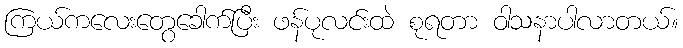
ကြယ်ကလေးတွေခေါက်ပြီး ဖန်ပုလင်းထဲ စုရတာ ဝါသနာပါလာတယ်။